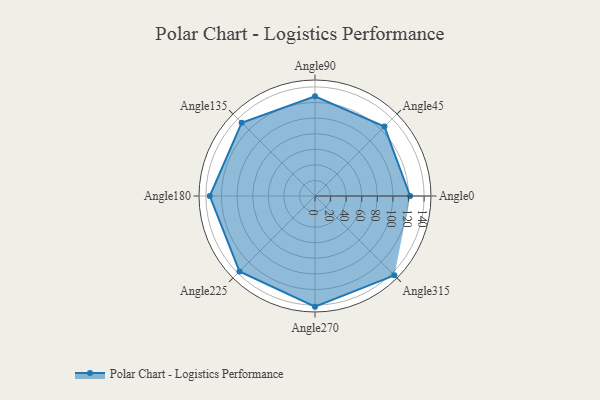
{"axis": {"x": "Angle", "y": "Radius"}, "legend": [""], "data": [{"x": "Angle0", "y": 122.0, "type": ""}, {"x": "Angle45", "y": 126.0, "type": ""}, {"x": "Angle90", "y": 128.0, "type": ""}, {"x": "Angle135", "y": 133.0, "type": ""}, {"x": "Angle180", "y": 135.0, "type": ""}, {"x": "Angle225", "y": 137.0, "type": ""}, {"x": "Angle270", "y": 142.0, "type": ""}, {"x": "Angle315", "y": 144.0, "type": ""}]}